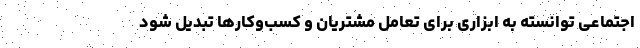
اجتماعی توانسته به ابزاری برای تعامل مشتریان و کسب‌وکارها تبدیل شود